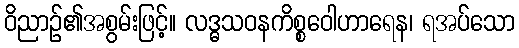
ဝိညာဉ်၏အစွမ်းဖြင့်။ လဒ္ဓသဝနကိစ္စဝေါဟာရေန၊ ရအပ်သော